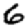
Digit: 6